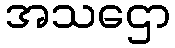
အသဌော